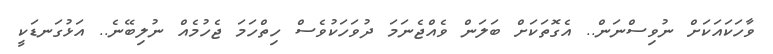
ވާހަކައަކަށް ނުވިސްނަން.. އެގޮތަކަށް ބަލަން ވެއްޖެނަމަ ދުވަހަކުވެސް ހިތްހަމަ ޖެހުމެއް ނުލިބޭނެ.. އަޅުގަނޑަކީ